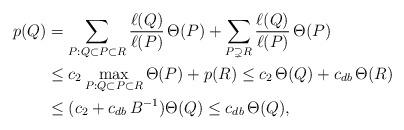
LaTeX: \begin{align*}p(Q) &= \sum_{P:Q\subset P\subset R} \frac{\ell(Q)}{\ell(P)}\,\Theta(P) + \sum_{P\supsetneq R} \frac{\ell(Q)}{\ell(P)}\,\Theta(P) \\& \leq c_2 \max_{P:Q\subset P\subset R}\Theta(P) + p(R) \leq c_2\,\Theta(Q) + c_{db}\,\Theta(R)\\&\leq (c_2+ c_{db}\,B^{-1})\Theta(Q) \leq c_{db}\,\Theta(Q),\end{align*}